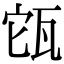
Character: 㼠